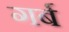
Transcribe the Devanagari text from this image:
गर्ब